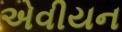
એવીયન